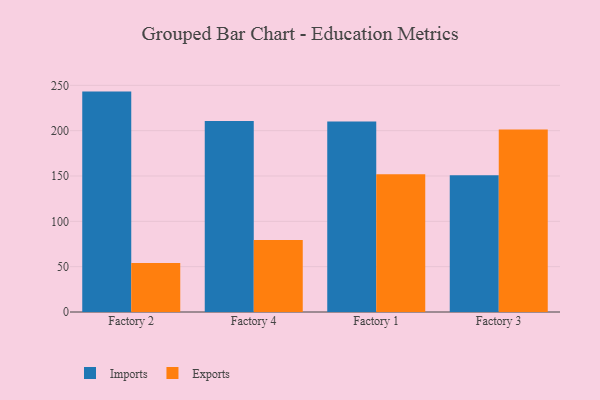
{"axis": {"x": "Factory", "y": "Population (Million)"}, "legend": ["Exports", "Imports"], "data": [{"x": "Factory 2", "y": 243.1, "type": "Imports"}, {"x": "Factory 2", "y": 54.1, "type": "Exports"}, {"x": "Factory 4", "y": 210.8, "type": "Imports"}, {"x": "Factory 4", "y": 79.5, "type": "Exports"}, {"x": "Factory 1", "y": 210.1, "type": "Imports"}, {"x": "Factory 1", "y": 152.0, "type": "Exports"}, {"x": "Factory 3", "y": 150.8, "type": "Imports"}, {"x": "Factory 3", "y": 201.3, "type": "Exports"}]}